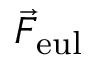
\vec { F } _ { \mathrm { e u l } }